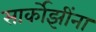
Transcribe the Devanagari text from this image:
सार्कोझींना